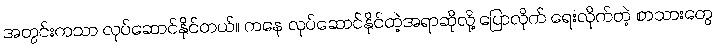
အတွင်းကသာ လုပ်ဆောင်နိုင်တယ်။ ကနေ လုပ်ဆောင်နိုင်တဲ့အရာဆိုလို့ ပြောလိုက် ရေးလိုက်တဲ့ စာသားတွေ